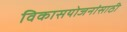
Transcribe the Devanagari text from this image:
विकासयोजनांसाठी